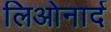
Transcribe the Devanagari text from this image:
लिओनार्द